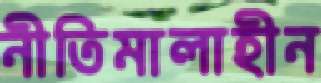
নীতিমালাহীন